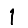
Digit: 1